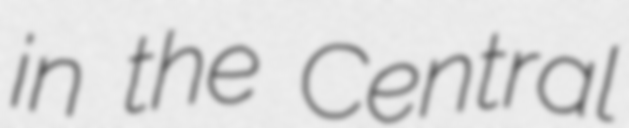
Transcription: in the Central